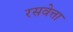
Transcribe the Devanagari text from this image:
रसवेत्ता